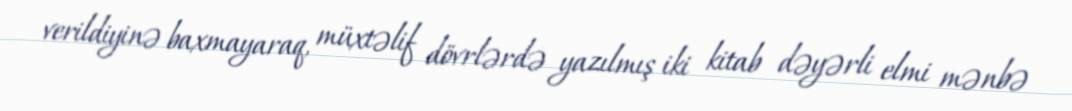
verildiyinə baxmayaraq, müxtəlif dövrlərdə yazılmış iki kitab dəyərli elmi mənbə